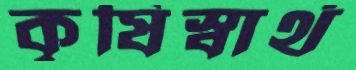
কৃষিস্বার্থ